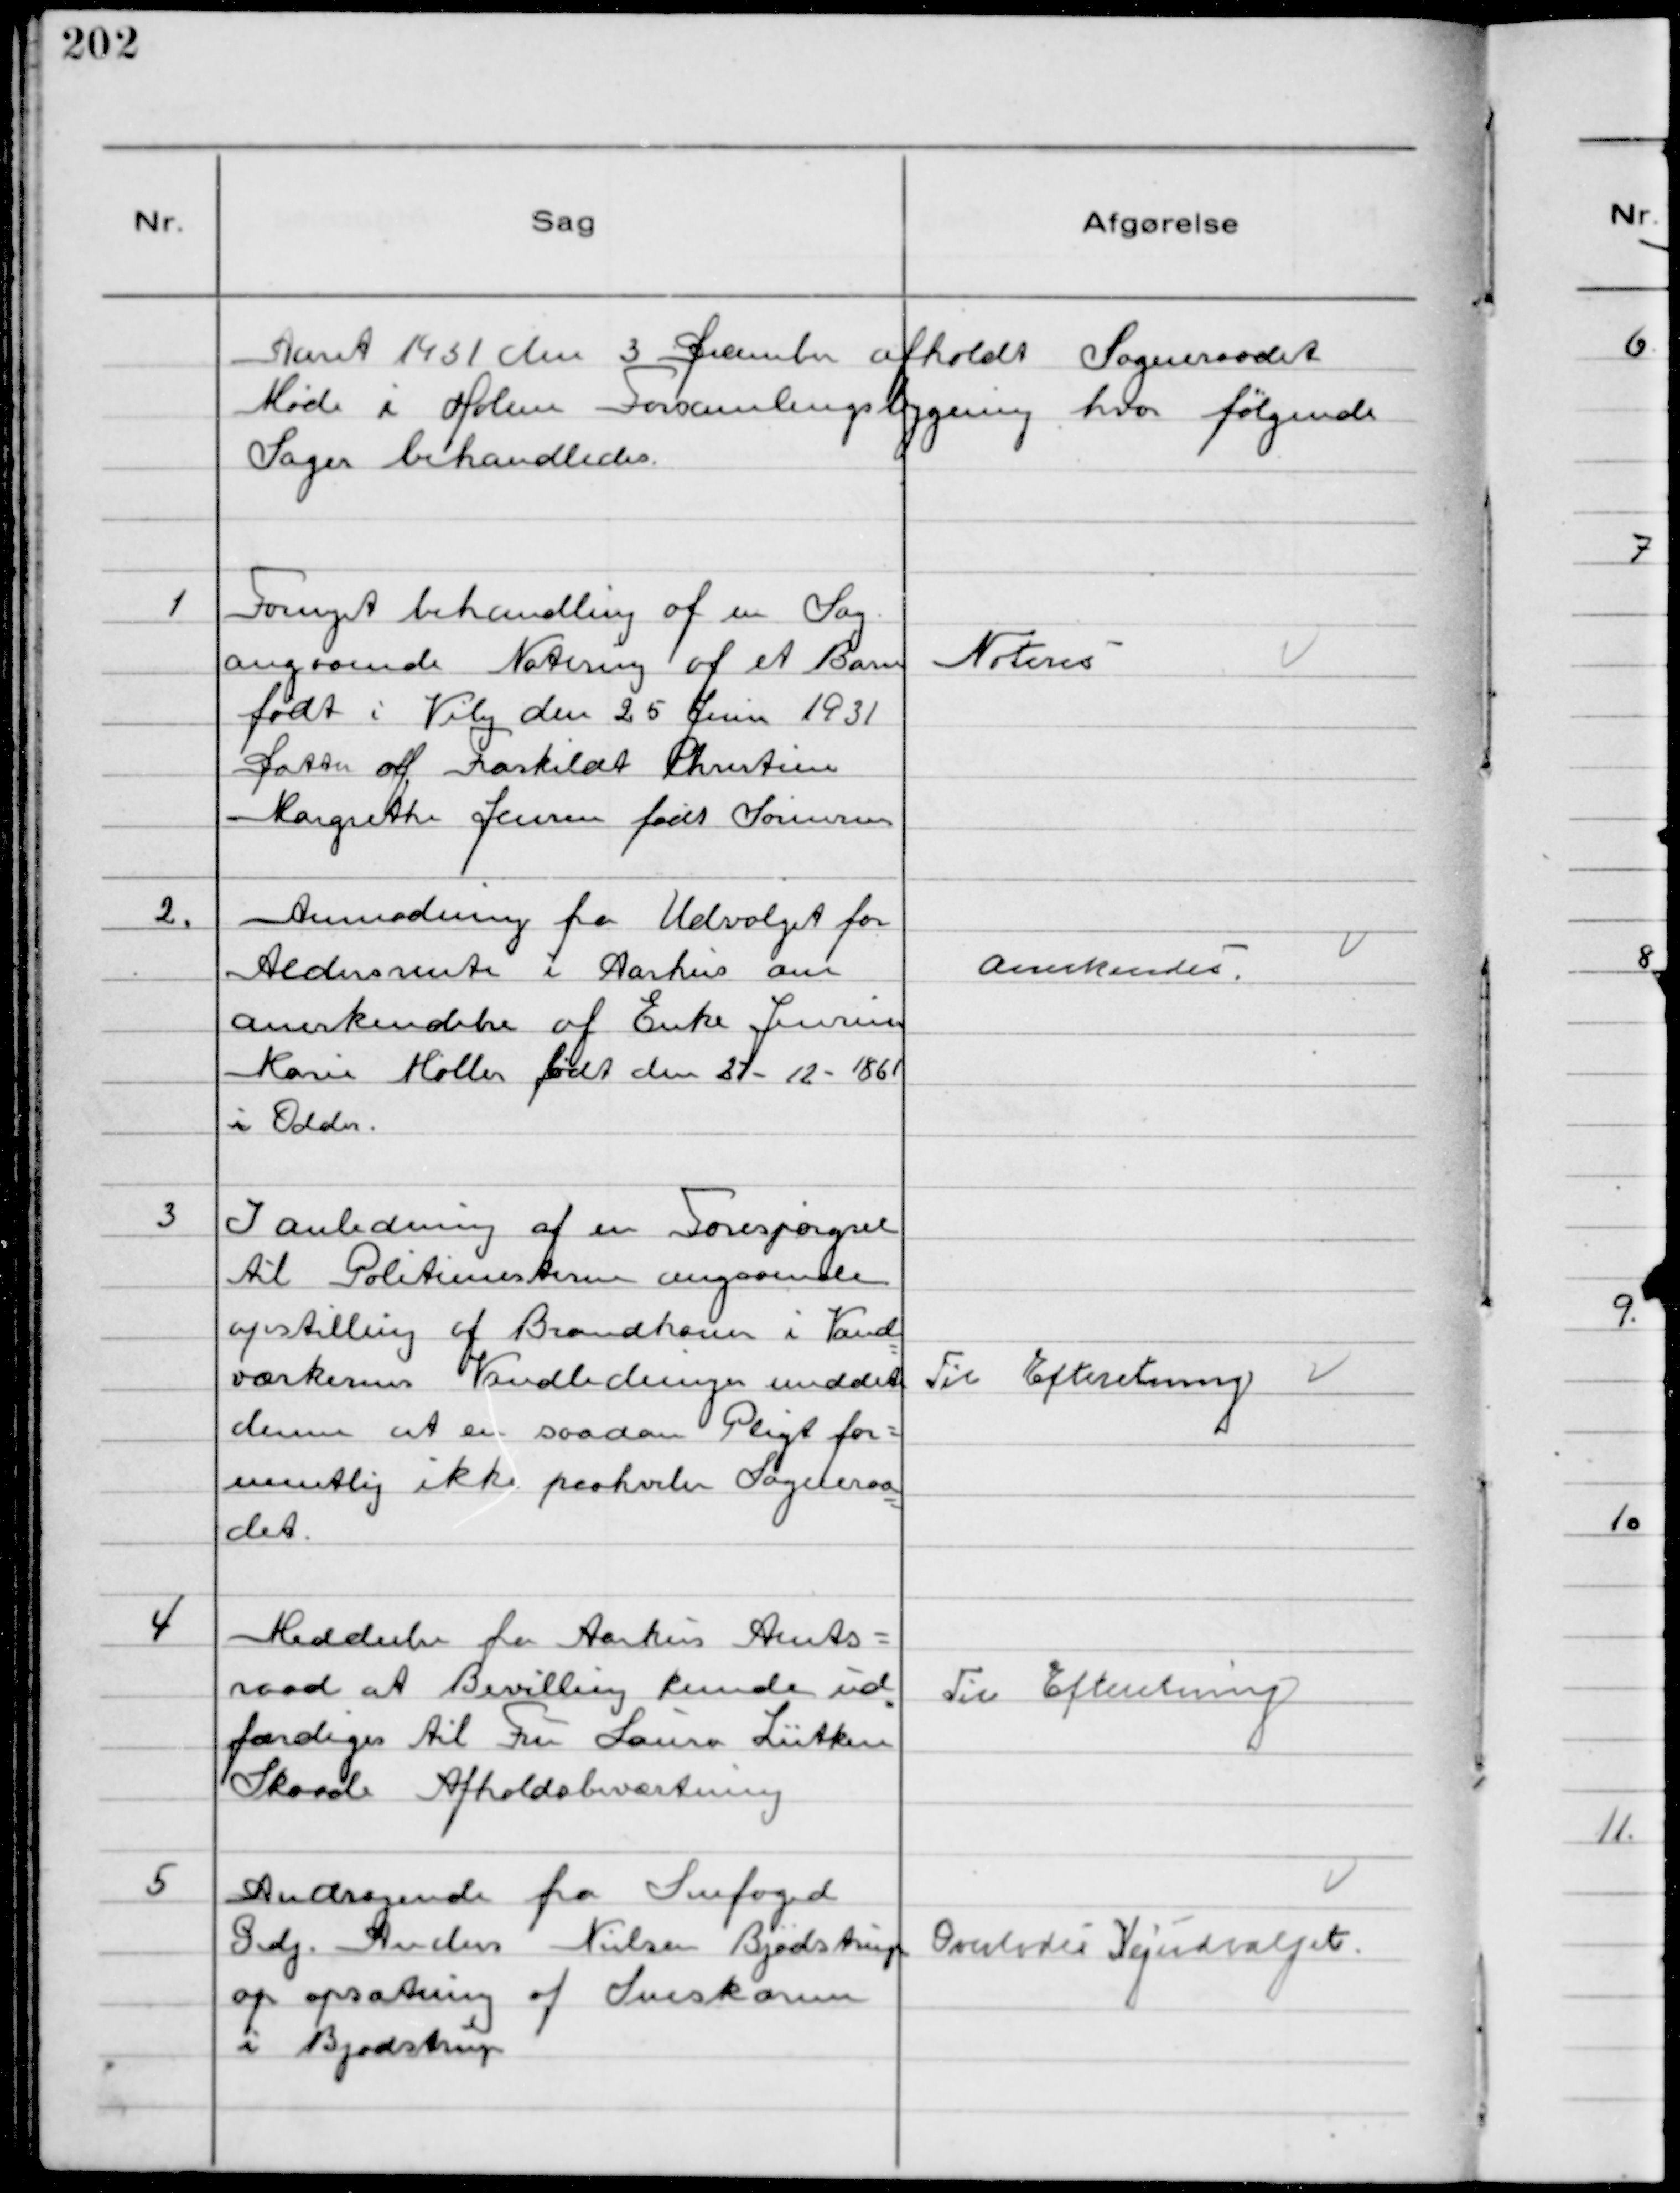
Transskription:
Aaret 1931 den 3 December afholdt Sogneraadet
Møde i Holme Forsamlingsbygning hvor følgende
Sager behandledes.

1
Fornyet behandling af en Sag
angaaende Notering af et Barn
født i Viby den 25 Juni 1931
Datter af Fraskildt Christine
Margrethe Jensen født Sørensen

Noteres

2.
Anmodning fra Udvalget for
Aldersrente i Aarhus om
anerkendelse af Enke Jensine
Marie Møller født den 27 - 12 - 1861
i Odder.

Anerkendes

3
I anledning af en Forespørgsel
til Politimesteren angaaende
opstilling af Brandhaner i Vand
værkernes Vandledninger meddelte
denne at en saadan Pligt for-
mentlig ikke paahviler Sogneraa
det.

Til Efteretning

4
Meddeelse fra Aarhus Amts-
raad at Bevilling kunde ud
færdiges til Fru Louise Lütken
Skaade Afholdsbeværtning

Til Efteretning

5
Andragende fra Snefoged
Grdj. Anders Nielsen Bjødstrup
op opsætning af Sneskærm
i Bjødstrup

Overlodes Vejudvalget